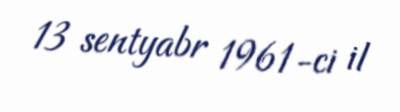
13 sentyabr 1961-ci il